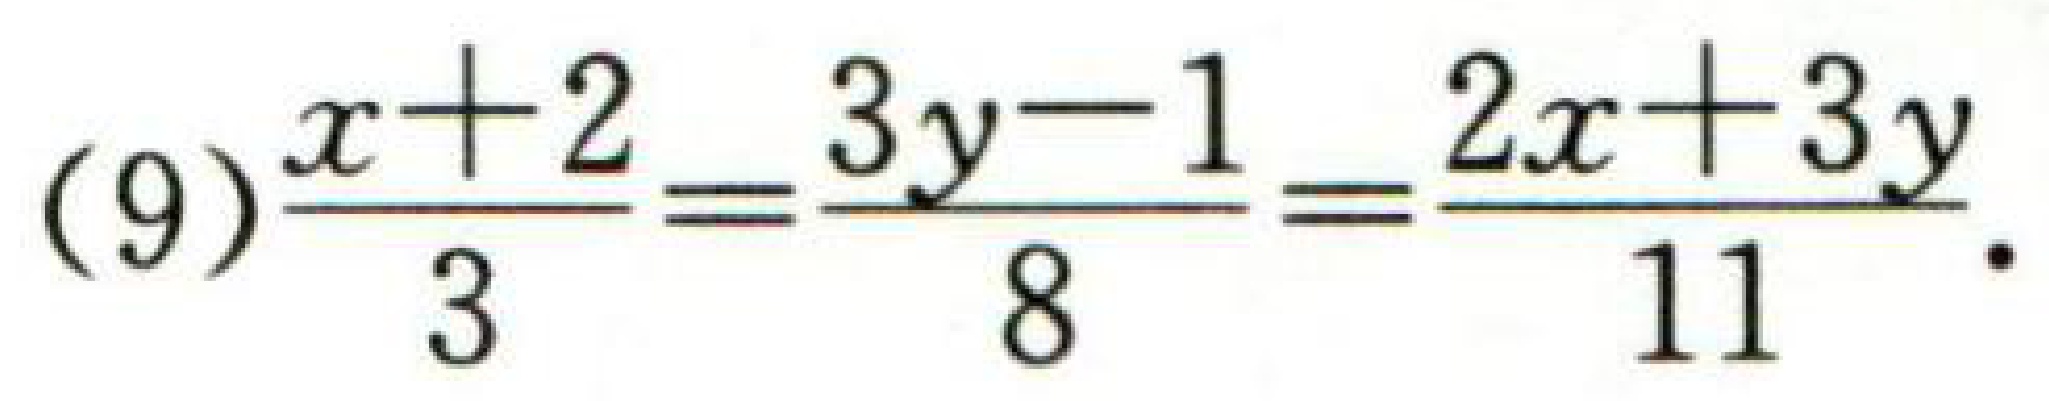
(9)$\frac{x + 2}{3}=\frac{3y - 1}{8}=\frac{2x + 3y}{11}$.